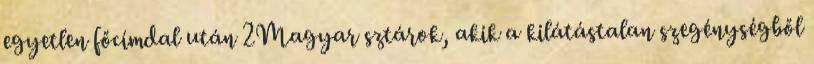
egyetlen főcímdal után 2Magyar sztárok, akik a kilátástalan szegénységből